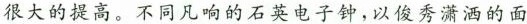
很大的提高。不同凡响的石英电子钟，以俊秀潇洒的面